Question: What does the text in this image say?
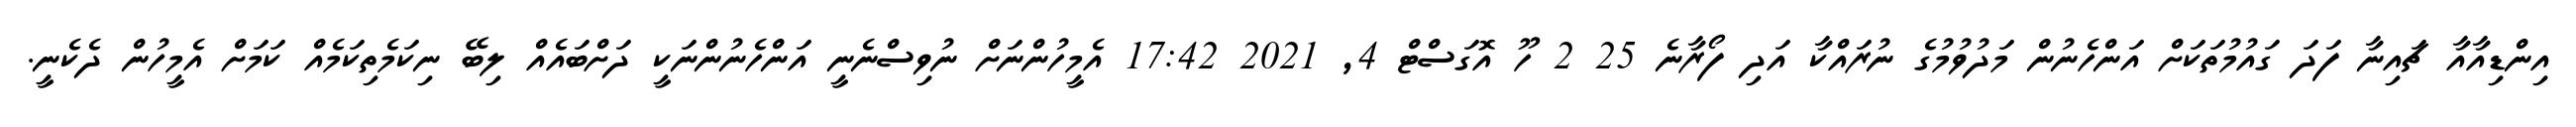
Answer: އިންޑިއާއާ ޗައިނާ ފަދަ ގައުމުތަކަށް އަންހެނުން މަދުވުމުގެ ނުރައްކާ އަދި ފޯރާނެ 25 2 ހޫ އޮގަސްޓް 4, 2021 17:42 އެމީހުންނަށް ނުވިސްނެނީ އަންހެނުންނަކީ ދަށްބައެއް ލިބޭ ނިކަމެތިކަމެއް ކަމަށް އެމީހުން ދެކެނީ.